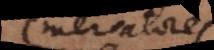
mercatores